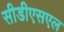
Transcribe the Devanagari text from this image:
सीडीएसएल